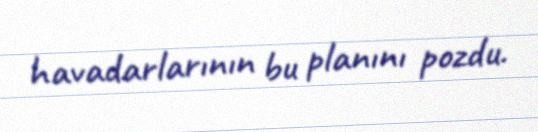
havadarlarının bu planını pozdu.